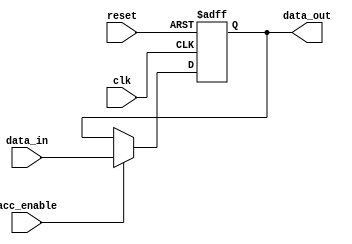
module Acc (
    input wire clk,
    input wire reset,
    input wire acc_enable,
    input wire [15:0] data_in, // this will be alu_out
    output wire [15:0] data_out
);

    reg [15:0] acc;

    always @(posedge clk or posedge reset) begin
        if (reset)
            acc <= 16'b0;
        else if (acc_enable)
            acc <= data_in;
    end

    assign data_out = acc;

endmodule